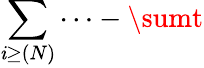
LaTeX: \sum\limits_{\mathit{i}\geq(N)}\cdots-\sumt